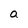
Character: a